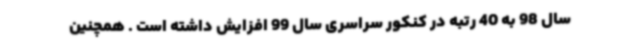
سال 98 به 40 رتبه در کنکور سراسری سال 99 افزایش داشته است . همچنین